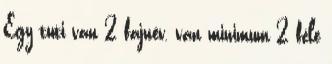
Egy tuti van 2 fajnév, van minimum 2 féle